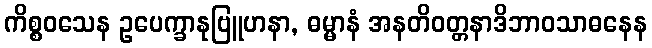
ကိစ္စဝသေန ဥပေက္ခာနုဗြူဟနာ, ဓမ္မာနံ အနတိဝတ္တနာဒိဘာဝသာဓနေန